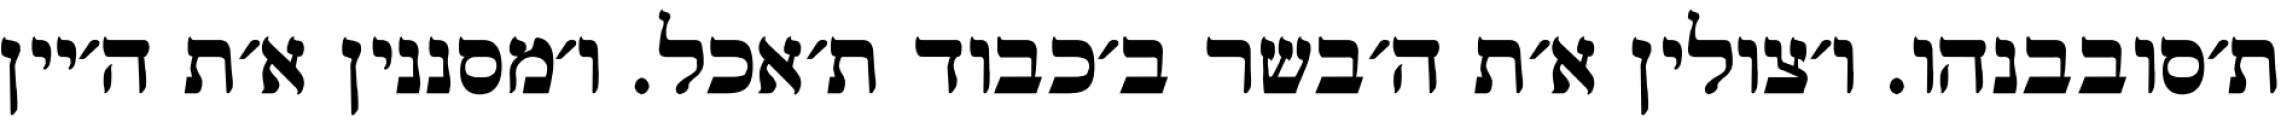
ת׳סובבנהו. ו׳צולין א׳ת ה׳בשר ב׳כבוד ת׳אכל. ו׳מסננין א׳ת ה׳יין